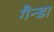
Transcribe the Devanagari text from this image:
गैन्डा